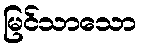
မြင်သာသော